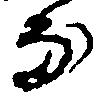
な